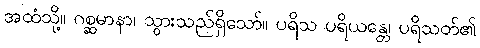
အထံသို့။ ဂစ္ဆမာနာ၊ သွားသည်ရှိသော်။ ပရိသ ပရိယန္တေ၊ ပရိသတ်၏